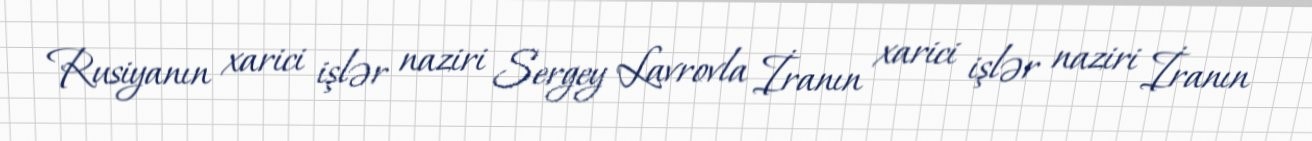
Rusiyanın xarici işlər naziri Sergey Lavrovla İranın xarici işlər naziri İranın